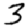
Digit: 3